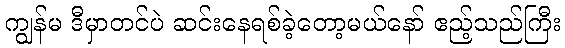
ကျွန်မ ဒီမှာတင်ပဲ ဆင်းနေရစ်ခဲ့တော့မယ်နော် ဧည့်သည်ကြီး